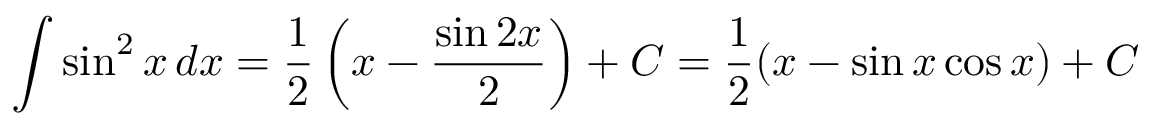
\int \sin ^ { 2 } x \, d x = { \frac { 1 } { 2 } } \left( x - { \frac { \sin 2 x } { 2 } } \right) + C = { \frac { 1 } { 2 } } ( x - \sin x \cos x ) + C